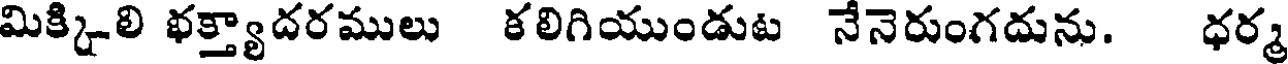
మిక్కిలి భక్త్యాదరములు కలిగియుండుట నేనెరుంగదును. ధర్మ